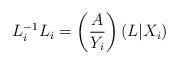
LaTeX: \begin{align*}L^{-1}_iL_i=\left(\frac{A}{Y_i}\right)\left(L|X_i\right)\end{align*}